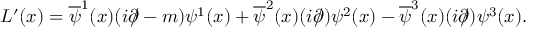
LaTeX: { \cal L } ^ { \prime } ( x ) = \overline { { { \psi } } } ^ { 1 } ( x ) ( i \partial \! \! \! / - m ) \psi ^ { 1 } ( x ) + \overline { { { \psi } } } ^ { 2 } ( x ) ( i \partial \! \! \! / ) \psi ^ { 2 } ( x ) - \overline { { { \psi } } } ^ { 3 } ( x ) ( i \partial \! \! \! / ) \psi ^ { 3 } ( x ) .